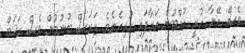
ވެސް އޭނާ ހުރީ ހުއްޓުން އަރާފައި ހުރިހެނެވެ. ޒަރަސް ބުނުމުން ވެސް ރަޚަބް